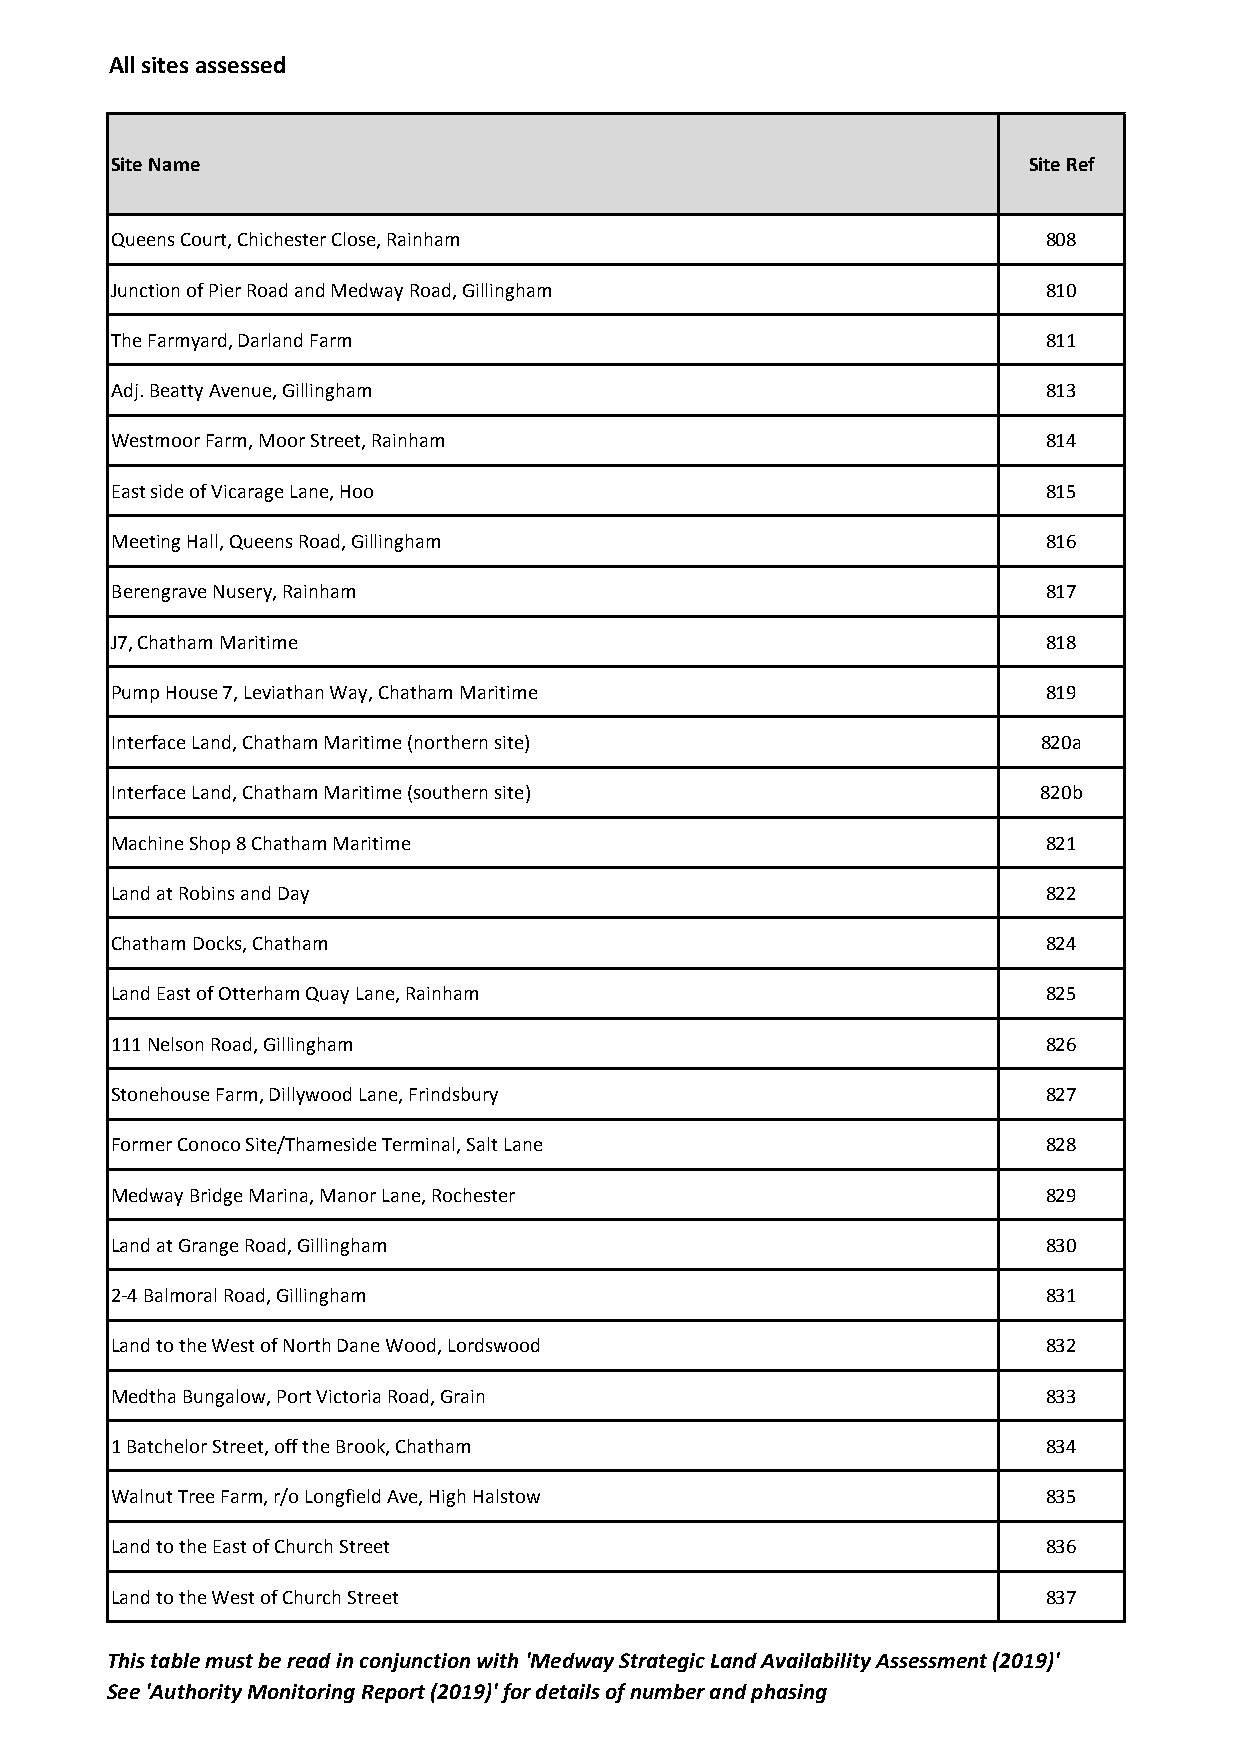
All sites assessed
 Site Name                                                    Site Ref
 Queens Court, Chichester Close, Rainham                       808
 Junction of Pier Road and Medway Road, Gillingham             810
 The Farmyard, Darland Farm                                    811
 Adj. Beatty Avenue, Gillingham                                813
 Westmoor Farm, Moor Street, Rainham                           814
 East side of Vicarage Lane, Hoo                               815
 Meeting Hall, Queens Road, Gillingham                         816
 Berengrave Nusery, Rainham                                    817
 J7, Chatham Maritime                                          818
 Pump House 7, Leviathan Way, Chatham Maritime                 819
 Interface Land, Chatham Maritime (northern site)              820a
 Interface Land, Chatham Maritime (southern site)              820b
 Machine Shop 8 Chatham Maritime                               821
 Land at Robins and Day                                        822
 Chatham Docks, Chatham                                        824
 Land East of Otterham Quay Lane, Rainham                      825
 111 Nelson Road, Gillingham                                   826
 Stonehouse Farm, Dillywood Lane, Frindsbury                   827
 Former Conoco Site/Thameside Terminal, Salt Lane              828
 Medway Bridge Marina, Manor Lane, Rochester                   829
 Land at Grange Road, Gillingham                               830
 2-4 Balmoral Road, Gillingham                                 831
 Land to the West of North Dane Wood, Lordswood                832
 Medtha Bungalow, Port Victoria Road, Grain                    833
 1 Batchelor Street, off the Brook, Chatham                    834
 Walnut Tree Farm, r/o Longfield Ave, High Halstow             835
 Land to the East of Church Street                             836
 Land to the West of Church Street                             837
 This table must be read in conjunction with 'Medway Strategic Land Availability Assessment (2019)'
 See 'Authority Monitoring Report (2019)' for details of number and phasing